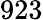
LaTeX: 923